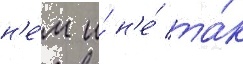
н'е́м и́ н'е́ та́к